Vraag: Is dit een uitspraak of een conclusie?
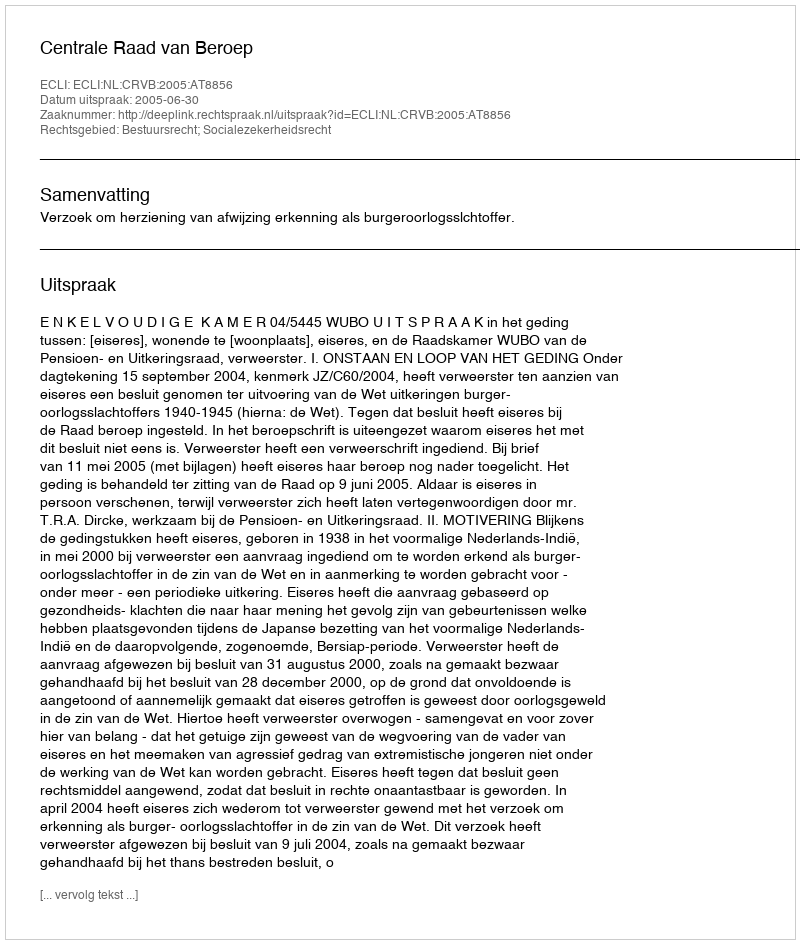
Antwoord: Uitspraak